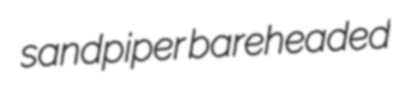
sandpiper bareheaded